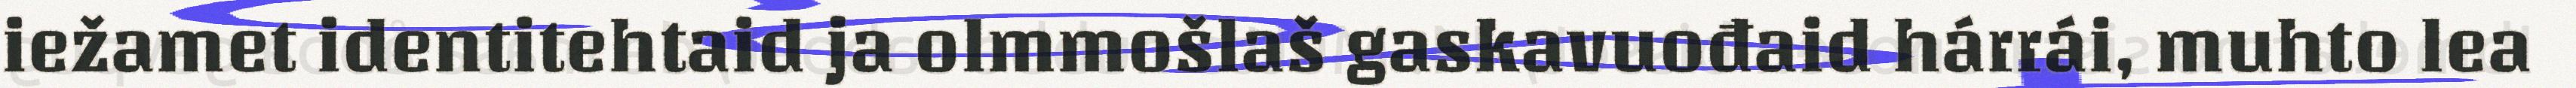
iežamet identitehtaid ja olmmošlaš gaskavuođaid hárrái, muhto lea